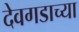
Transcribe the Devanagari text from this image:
देवगडाच्या